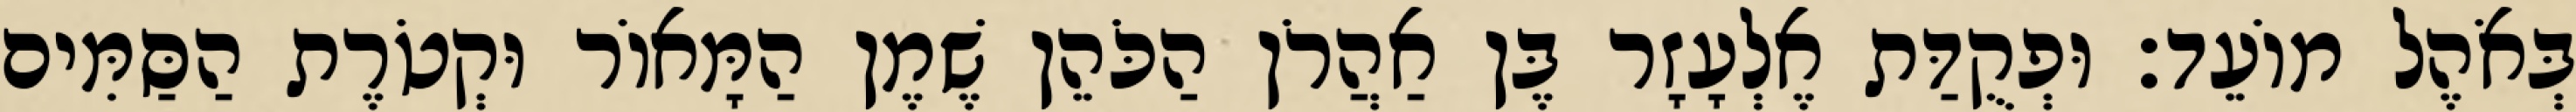
בְּאֹהֶל מוֹעֵד׃ וּפְקֻדַּת אֶלְעָזָר בֶּן אַהֲרֹן הַכֹּהֵן שֶׁמֶן הַמָּאוֹר וּקְטֹרֶת הַסַּמִּים